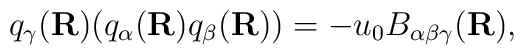
q_{\gamma}({\bf R}) (q_{\alpha}({\bf R}) q_{\beta}({\bf R})) = - u_{0}                       B_{\alpha \beta \gamma}({\bf R}),